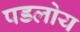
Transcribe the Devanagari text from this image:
पडलोय